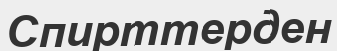
Спирттерден